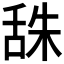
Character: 𦧙